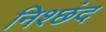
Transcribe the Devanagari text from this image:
निश्छंद